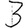
Digit: 3